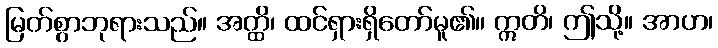
မြတ်စွာဘုရားသည်။ အတ္ထိ၊ ထင်ရှားရှိတော်မူ၏။ ဣတိ၊ ဤသို့။ အာဟ၊